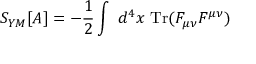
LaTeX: S _ { Y M } [ A ] = - \frac { 1 } { 2 } \int \ d ^ { 4 } x \ \mathrm { T r } ( { \cal F } _ { \mu \nu } { \cal F } ^ { \mu \nu } )